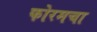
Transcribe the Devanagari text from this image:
फोरमचा